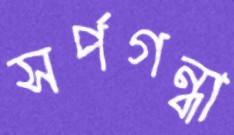
সর্পগন্ধা